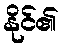
နိုင်၏